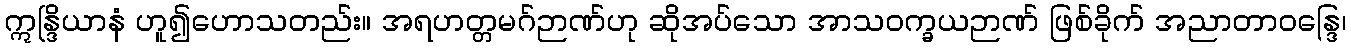
ဣန္ဒြိယာနံ ဟူ၍ဟောသတည်း။ အရဟတ္တမဂ်ဉာဏ်ဟု ဆိုအပ်သော အာသဝက္ခယဉာဏ် ဖြစ်ခိုက် အညာတာဝန္ဒြေ၊